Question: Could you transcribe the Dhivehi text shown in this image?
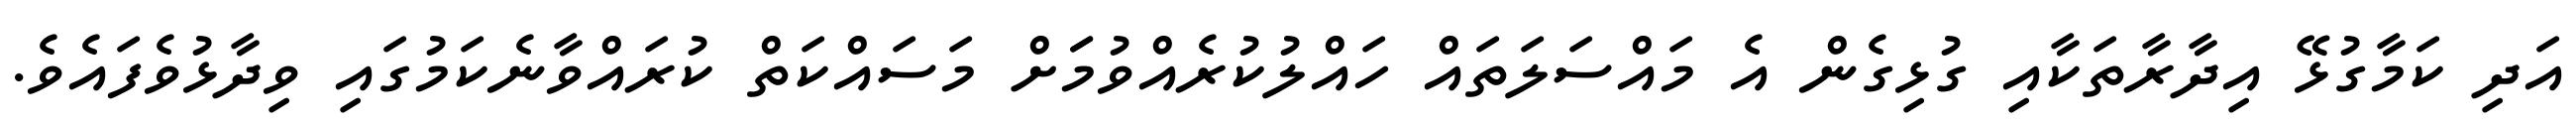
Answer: އަދި ކަމާގުޅޭ އިދާރާތަކާއި ގުޅިގެން އެ މައްސަލަތައް ހައްލުކުރެއްވުމަަށް މަސައްކަތް ކުރައްވާނެކަމުގައި ވިދާޅުވެފައެވެ.